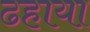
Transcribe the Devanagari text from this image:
ढहाया